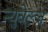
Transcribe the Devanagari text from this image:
न्युवेल्ज